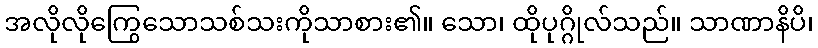
အလိုလိုကြွေသောသစ်သးကိုသာစား၏။ သော၊ ထိုပုဂ္ဂိုလ်သည်။ သာဏာနိပိ၊